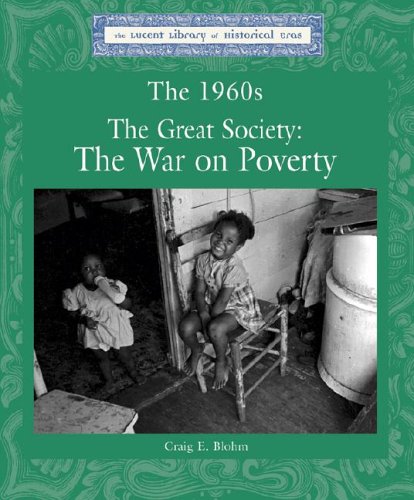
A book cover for The 1960's: The Great Society, the War on Poverty (Lucent Library of Historical Eras); Craig Blohm; Teen & Young Adult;